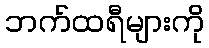
ဘက်ထရီများကို